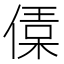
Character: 𠍙